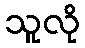
သူလို